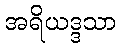
အရိယဒ္ဒသာ